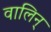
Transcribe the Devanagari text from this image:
वालिन्